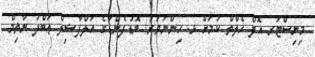
މިނިސްޓަރ އޮފް ހެލްތް ކަމަށް ޅ. ހިންނަވަރު/ ބޮޑުފެންޑާގެ އަލްފާޟިލް ޢަބްދު ނާޡިމް